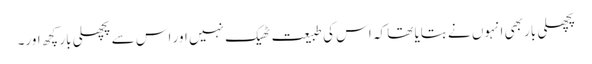
پچھلی بار بھی انہوں نے بتایا تھا کہ اس کی طبیعت ٹھیک نہیں اور اس سے پچھلی بار کچھ اور۔